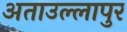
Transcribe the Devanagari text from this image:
अताउल्लापुर